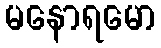
မနောရမော